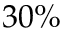
3 0 \%